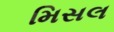
મિસલ